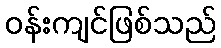
ဝန်းကျင်ဖြစ်သည်